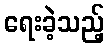
ရေးခဲ့သည့်